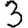
Digit: 3